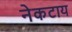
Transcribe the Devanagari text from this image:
नेकटाय